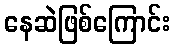
နေဆဲဖြစ်ကြောင်း